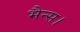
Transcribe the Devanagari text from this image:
भैन्स।